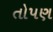
તોપણ